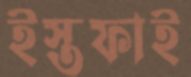
ইস্তফাই